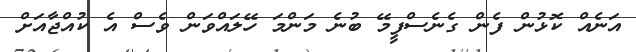
އަނެއް ކޮޅުން ފެން ގެނެސްފީމޭ ބުނެ މަންމަ ހޭލައްވަން ވެސް އެ ކުއްޖާއަށް